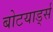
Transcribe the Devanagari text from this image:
बोटयार्ड्स